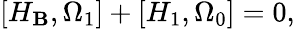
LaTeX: \left[H_{\mathbf{B}},\Omega_{1}\right]+\left[H_{1},\Omega_{0}\right]=0,